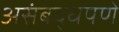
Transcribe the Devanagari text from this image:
असंबद्धपणे